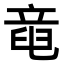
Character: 𥪖